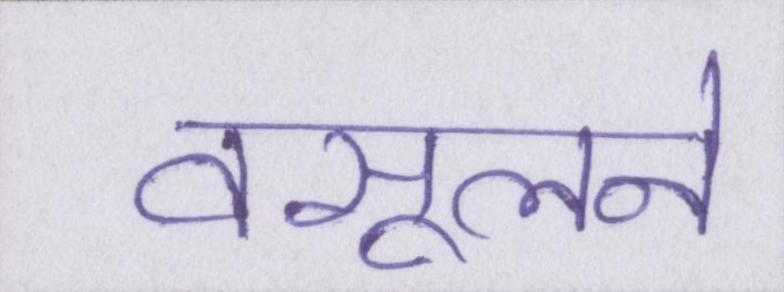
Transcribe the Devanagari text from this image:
वसूलने